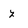
Character: z